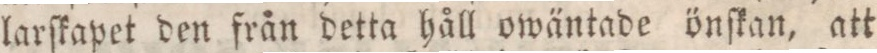
larſkapet den från detta håll owäntade önſkan, att